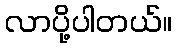
လာပို့ပါတယ်။